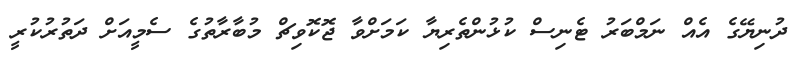
ދުނިޔޭގެ އެއް ނަމްބަރު ޓެނިސް ކުޅުންތެރިޔާ ކަމަށްވާ ޖޮކޮވިޗް މުބާރާތުގެ ސެމީއަށް ދަތުރުކުރީ